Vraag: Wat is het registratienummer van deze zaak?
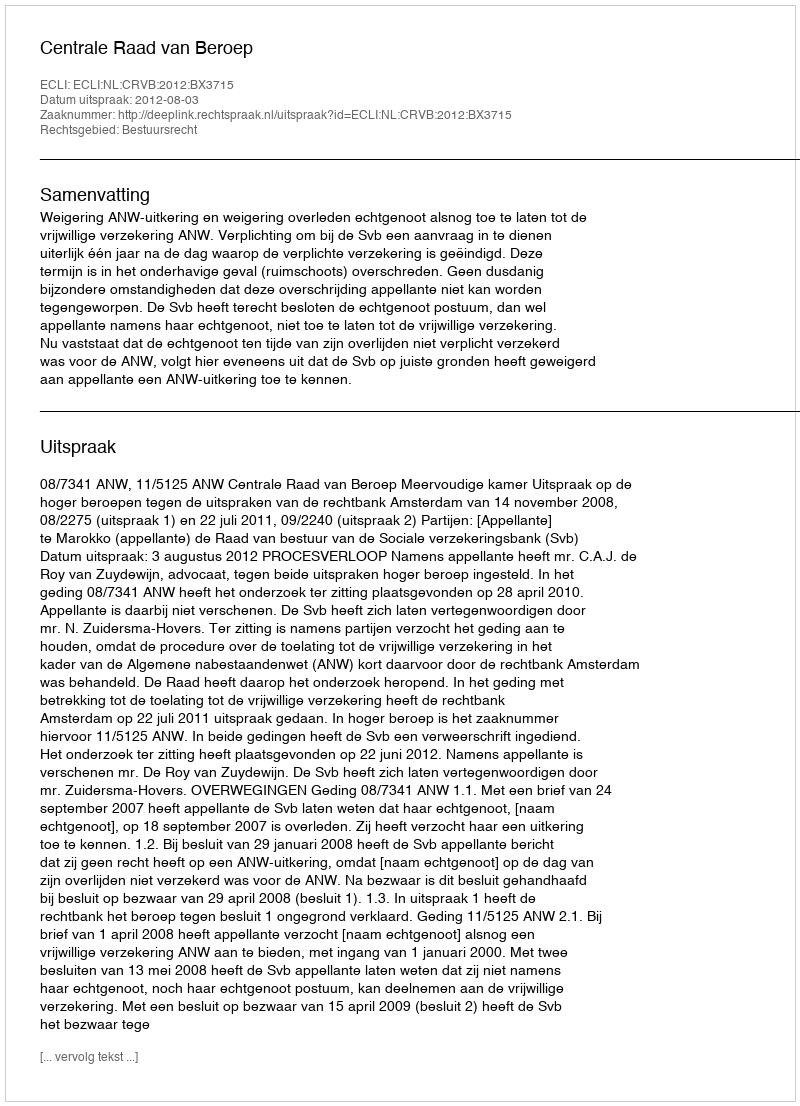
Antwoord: http://deeplink.rechtspraak.nl/uitspraak?id=ECLI:NL:CRVB:2012:BX3715